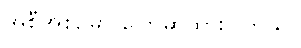
အစီအစဉ်မှာ ပြောဆိုထားပါတယ်။